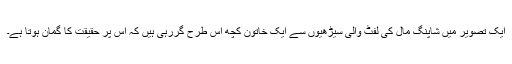
ایک تصویر میں شاپنگ مال کی لفٹ والی سیڑھیوں سے ایک خاتون کچھ اس طرح گررہی ہیں کہ اس پر حقیقت کا گمان ہوتا ہے۔